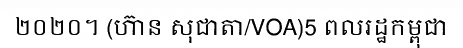
២០២០។ (ហ៊ាន សុជាតា/VOA)5 ពលរដ្ឋកម្ពុជា